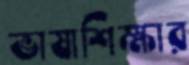
ভাষাশিক্ষার